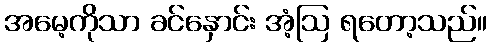
အမေ့ကိုသာ ခင်နှောင်း အံ့ဩ ရတော့သည်။